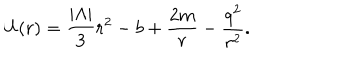
U ( r ) = \frac { | \Lambda | } { 3 } r ^ { 2 } - b + \frac { 2 m } { r } - \frac { q ^ { 2 } } { r ^ { 2 } } .